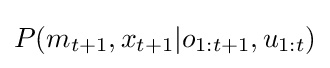
P(m_{t+1},x_{t+1}|o_{1:t+1},u_{1:t})